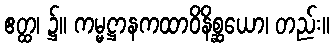
ဧတ္ထ၊ ၌။ ကမ္မဋ္ဌာနကထာဝိနိစ္ဆယော၊ တည်း။